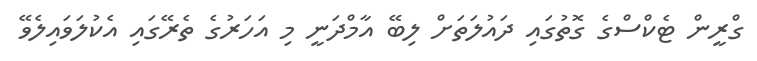
ގްރީން ޓެކްސްގެ ގޮތުގައި ދައުލަތަށް ލިބޭ އާމްދަނީ މި އަހަރުގެ ތެރޭގައި އެކުލަވައިލެވޭ